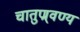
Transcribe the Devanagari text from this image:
चातुण्र्वण्य